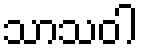
သာသဝါ